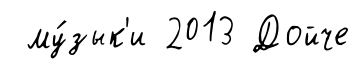
му́зык'и 2013 Дойче